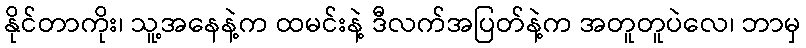
နိုင်တာကိုး၊ သူ့အနေနဲ့က ထမင်းနဲ့ ဒီလက်အပြတ်နဲ့က အတူတူပဲလေ၊ ဘာမှ